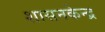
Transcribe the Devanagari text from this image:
शासनकेन्द्र